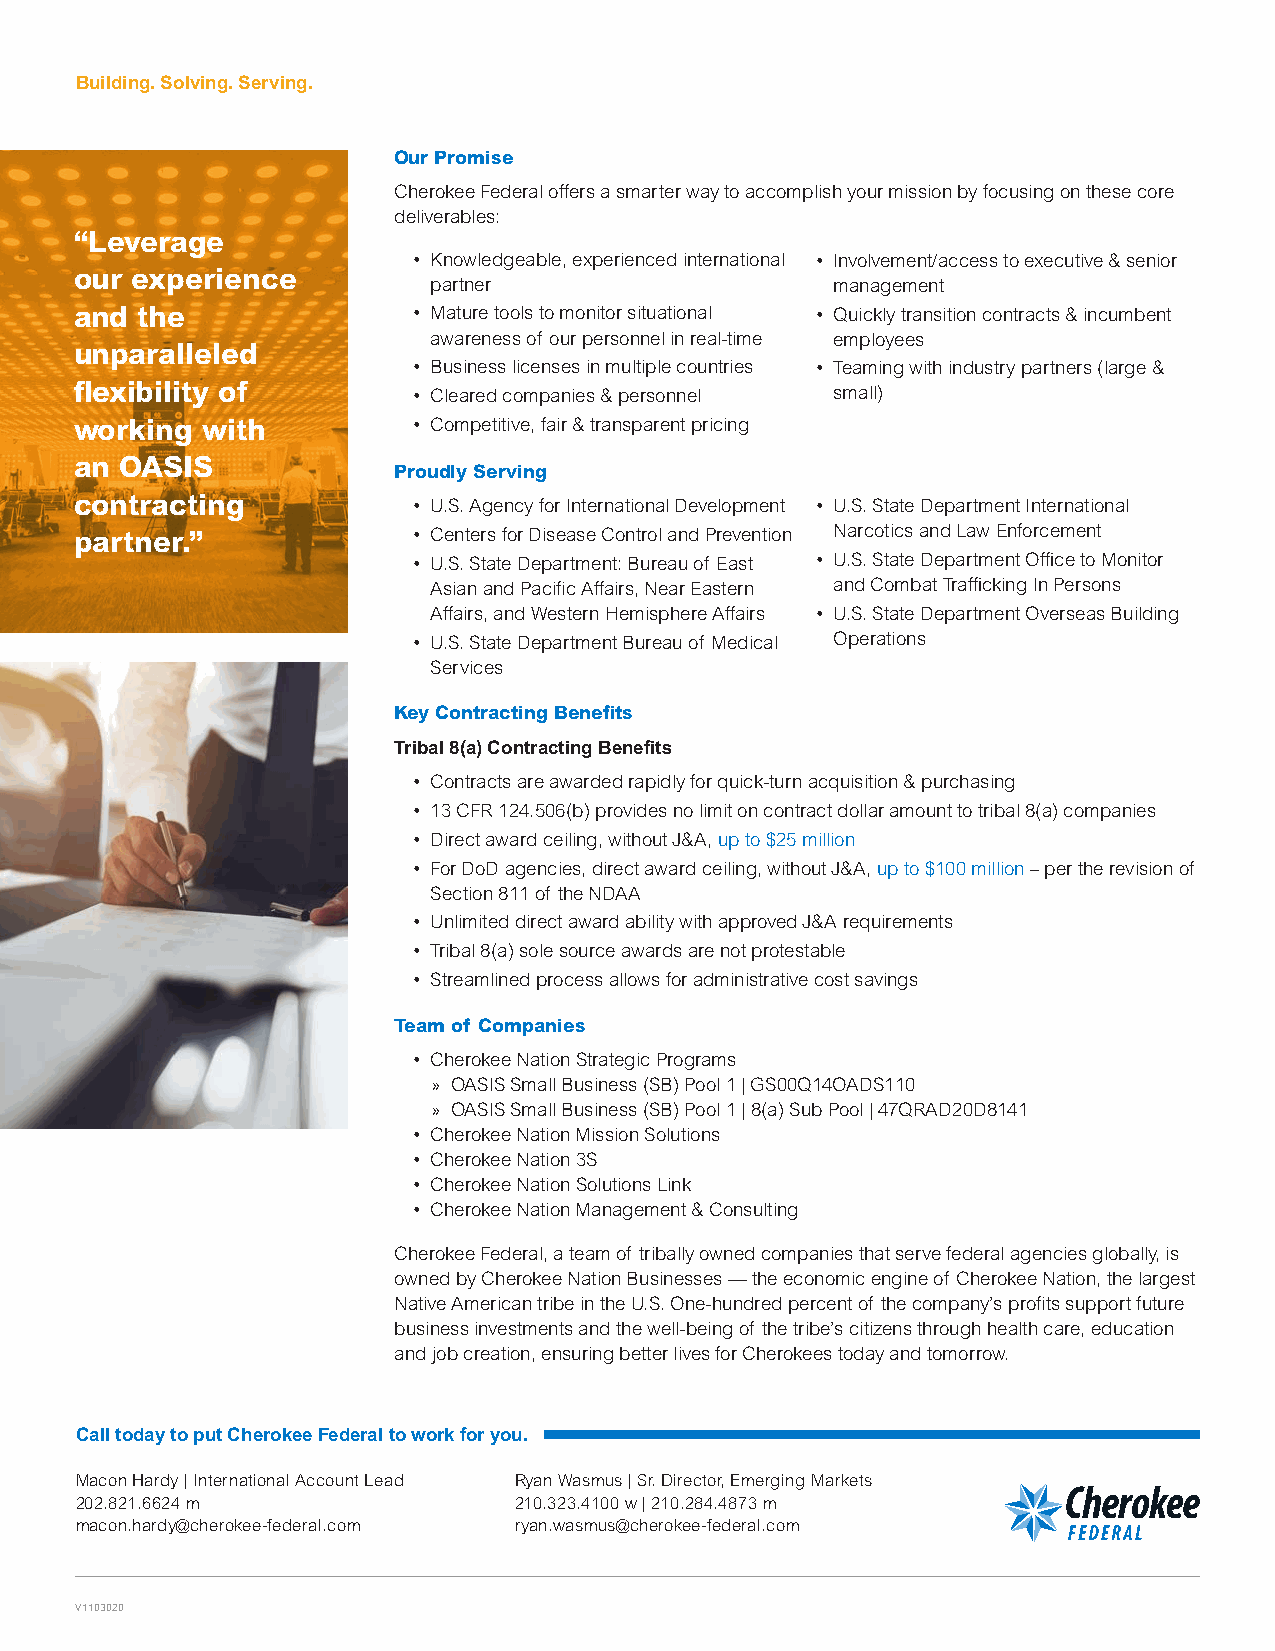
Building. Solving. Serving.
 Our Promise
 Cherokee Federal offers a smarter way to accomplish your mission by focusing on these core
 deliverables:
 “Leverage
 • Knowledgeable, experienced international • Involvement/access to executive & senior
 our experience
 partner                    management
 and the               • Mature tools to monitor situational • Quickly transition contracts & incumbent
 awareness of our personnel in real-time employees
 unparalleled
 • Business licenses in multiple countries • Teaming with industry partners (large &
 flexibility of        • Cleared companies & personnel small)
 working with          • Competitive, fair & transparent pricing
 an OASIS
 Proudly Serving
 contracting           • U.S. Agency for International Development • U.S. State Department International
 partner.”             • Centers for Disease Control and Prevention Narcotics and Law Enforcement
 • U.S. State Department: Bureau of East • U.S. State Department Office to Monitor
 Asian and Pacific Affairs, Near Eastern and Combat Trafficking In Persons
 Affairs, and Western Hemisphere Affairs • U.S. State Department Overseas Building
 • U.S. State Department Bureau of Medical Operations
 Services
 Key Contracting Benefits
 Tribal 8(a) Contracting Benefits
 • Contracts are awarded rapidly for quick-turn acquisition & purchasing
 • 13 CFR 124.506(b) provides no limit on contract dollar amount to tribal 8(a) companies
 • Direct award ceiling, without J&A, up to $25 million
 • For DoD agencies, direct award ceiling, without J&A, up to $100 million – per the revision of
 Section 811 of the NDAA
 • Unlimited direct award ability with approved J&A requirements
 • Tribal 8(a) sole source awards are not protestable
 • Streamlined process allows for administrative cost savings
 Team of Companies
 • Cherokee Nation Strategic Programs
 » OASIS Small Business (SB) Pool 1 | GS00Q14OADS110
 » OASIS Small Business (SB) Pool 1 | 8(a) Sub Pool | 47QRAD20D8141
 • Cherokee Nation Mission Solutions
 • Cherokee Nation 3S
 • Cherokee Nation Solutions Link
 • Cherokee Nation Management & Consulting
 Cherokee Federal, a team of tribally owned companies that serve federal agencies globally, is
 owned by Cherokee Nation Businesses — the economic engine of Cherokee Nation, the largest
 Native American tribe in the U.S. One-hundred percent of the company’s profits support future
 business investments and the well-being of the tribe’s citizens through health care, education
 and job creation, ensuring better lives for Cherokees today and tomorrow.
 Call today to put Cherokee Federal to work for you.
 Macon Hardy | International Account Lead Ryan Wasmus | Sr. Director, Emerging Markets
 202.821.6624 m               210.323.4100 w | 210.284.4873 m
 macon.hardy@cherokee-federal.com ryan.wasmus@cherokee-federal.com
 V1103020